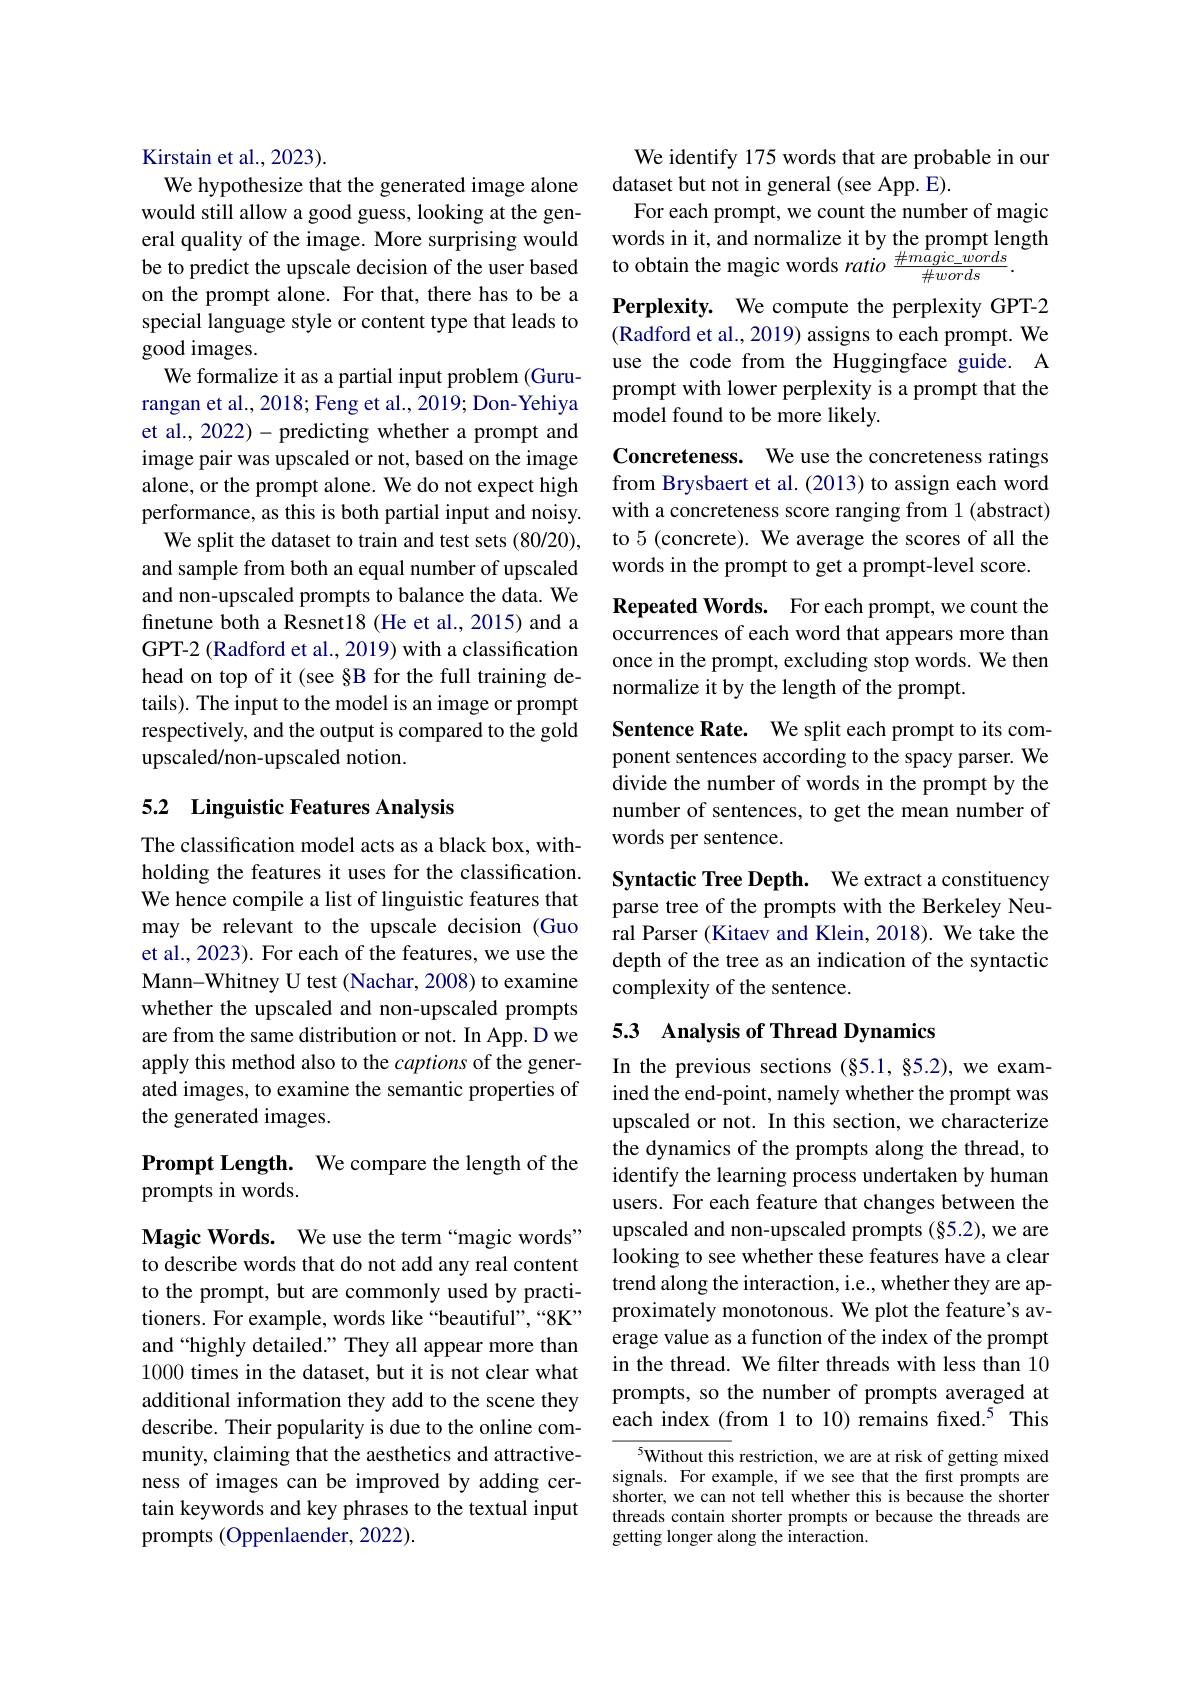
Kirstain et al., 2023).
We hypothesize that the generated image alone would still allow a good guess, looking at the general quality of the image. More surprising would be to predict the upscale decision of the user based to obtain the magic words $ratio\frac{\#magic\_words}{\#words}.$
on the prompt alone. For that, there has to be a special language style or content type that leads to good images.
We formalize it as a partial input problem (Gururangan et al., 2018; Feng et al., 2019; Don- Yehiya et al., 2022)- predicting whether a prompt and image pair was upscaled or not, based on the image alone, or the prompt alone. We do not expect high performance, as this is both partial input and noisy.
We split the dataset to train and test sets (80/20), and sample from both an equal number of upscaled and non-upscaled prompts to balance the data. We finetune both a Resnet18 (He et al., 2015) and a GPT-2 (Radford et al., 2019) with a classification head on top of it (see §B for the full training details). The input to the model is an image or prompt respectively, and the output is compared to the gold upscaled/non-upscaled notion.

## 5.2 Linguistic Features Analysis

The classification model acts as a black box, withholding the features it uses for the classification. We hence compile a list of linguistic features that may be relevant to the upscale decision (Guo et al., 2023). For each of the features, we use the Mann-Whitney U test (Nachar, 2008) to examine whether the upscaled and non-upscaled prompts are from the same distribution or not. In App. D we apply this method also to the captions of the generated images, to examine the semantic properties of the generated images.

## Prompt Length. We compare the length of the prompts in words.

Magic Words. We use the term“magic words” to describe words that do not add any real content to the prompt, but are commonly used by practitioners. For example, words like“beautiful”,“8K” and “highly detailed.” They all appear more than 10000 times in the dataset, but it is not clear what additional information they add to the scene they describe. Their popularity is due to the online community, claiming that the aesthetics and attractiveness of images can be improved by adding certain keywords and key phrases to the textual input prompts (Oppenlaender, 2022).

We identify 175 words that are probable in our
dataset but not in general (see App. E).
For each prompt, we count the number of magic words in it, and normalize it by the prompt length Perplexity. We compute the perplexity GPT-2 (Radford et al., 2019) assigns to each prompt. We use the code from the Huggingface guide. A prompt with lower perplexity is a prompt that the model found to be more likely.
Concreteness. We use the concreteness ratings from Brysbaert et al.(2013) to assign each word with a concreteness score ranging from 1 (abstract) to 5 (concrete). We average the scores of all the words in the prompt to get a prompt-level score. Repeated Words. For each prompt, we count the occurrences of each word that appears more than once in the prompt, excluding stop words. We then normalize it by the length of the prompt.
Sentence Rate. We split each prompt to its component sentences according to the spacy parser. We divide the number of words in the prompt by the number of sentences, to get the mean number of words per sentence.
Syntactic Tree Depth. We extract a constituency parse tree of the prompts with the Berkeley Neural Parser (Kitaev and Klein, 2018). We take the

depth of the tree as an indication of the syntactic
complexity of the sentence.

## 5.3 Analysis of Thread Dynamics

In the previous sections (§5.1, §5.2), we examined the end-point, namely whether the prompt was upscaled or not. In this section, we characterize the dynamics of the prompts along the thread, to identify the learning process undertaken by human users. For each feature that changes between the upscaled and non-upscaled prompts (§5.2), we are looking to see whether these features have a clear trend along the interaction, i.e., whether they are approximately monotonous. We plot the feature's average value as a function of the index of the prompt in the thread. We filter threads with less than 10 prompts, so the number of prompts averaged at each index (from 1 to 10) remains fixed.$^{5}$ This

$^{5}$Without this restriction, we are at risk of getting mixed signals. For example, if we see that the first prompts are shorter, we can not tell whether this is because the shorter threads contain shorter prompts or because the threads are getting longer along the interaction.